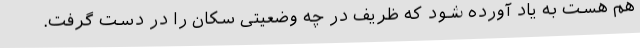
هم هست به یاد آورده شود که ظریف در چه وضعیتی سکان را در دست گرفت.